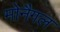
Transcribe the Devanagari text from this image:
मोनैगल